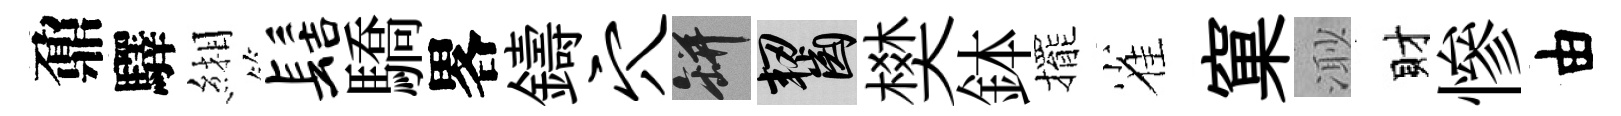
鼐驛緗髻驕畧鑄穴瓶齧樊鉢擺雀窠𣺌財慘由